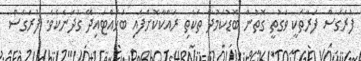
ފުރަގަސް ފަރާތަކީ ވަގުތީ ގޮތުން ބޮޑުކަމުދާ ތަކެތި ރައްކާކޮށްފައި ބަހައްޓައިދޭ ގުދަނެކެވެ. ފުރަގަސް